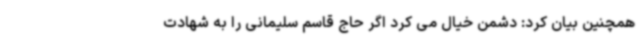
همچنین بیان کرد: دشمن خیال می کرد اگر حاج قاسم سلیمانی را به شهادت